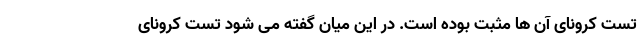
تست کرونای آن ها مثبت بوده است. در این میان گفته می شود تست کرونای